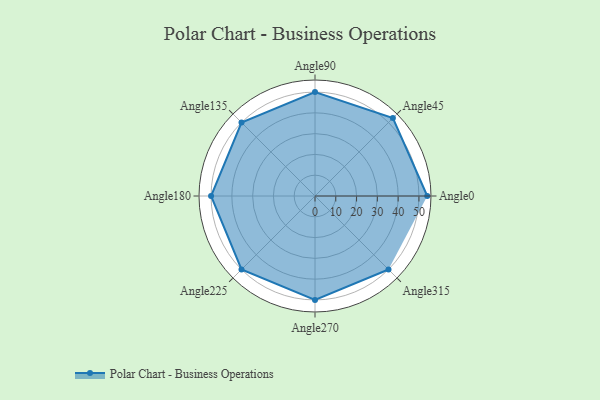
{"axis": {"x": "Angle", "y": "Radius"}, "legend": [""], "data": [{"x": "Angle0", "y": 54.0, "type": ""}, {"x": "Angle45", "y": 53.0, "type": ""}, {"x": "Angle90", "y": 50, "type": ""}, {"x": "Angle135", "y": 50, "type": ""}, {"x": "Angle180", "y": 50, "type": ""}, {"x": "Angle225", "y": 50, "type": ""}, {"x": "Angle270", "y": 50, "type": ""}, {"x": "Angle315", "y": 50, "type": ""}]}